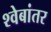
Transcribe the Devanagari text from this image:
श्वेबांतर